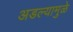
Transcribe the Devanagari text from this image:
अडल्यामुळे